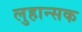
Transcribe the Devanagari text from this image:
लुहान्सक